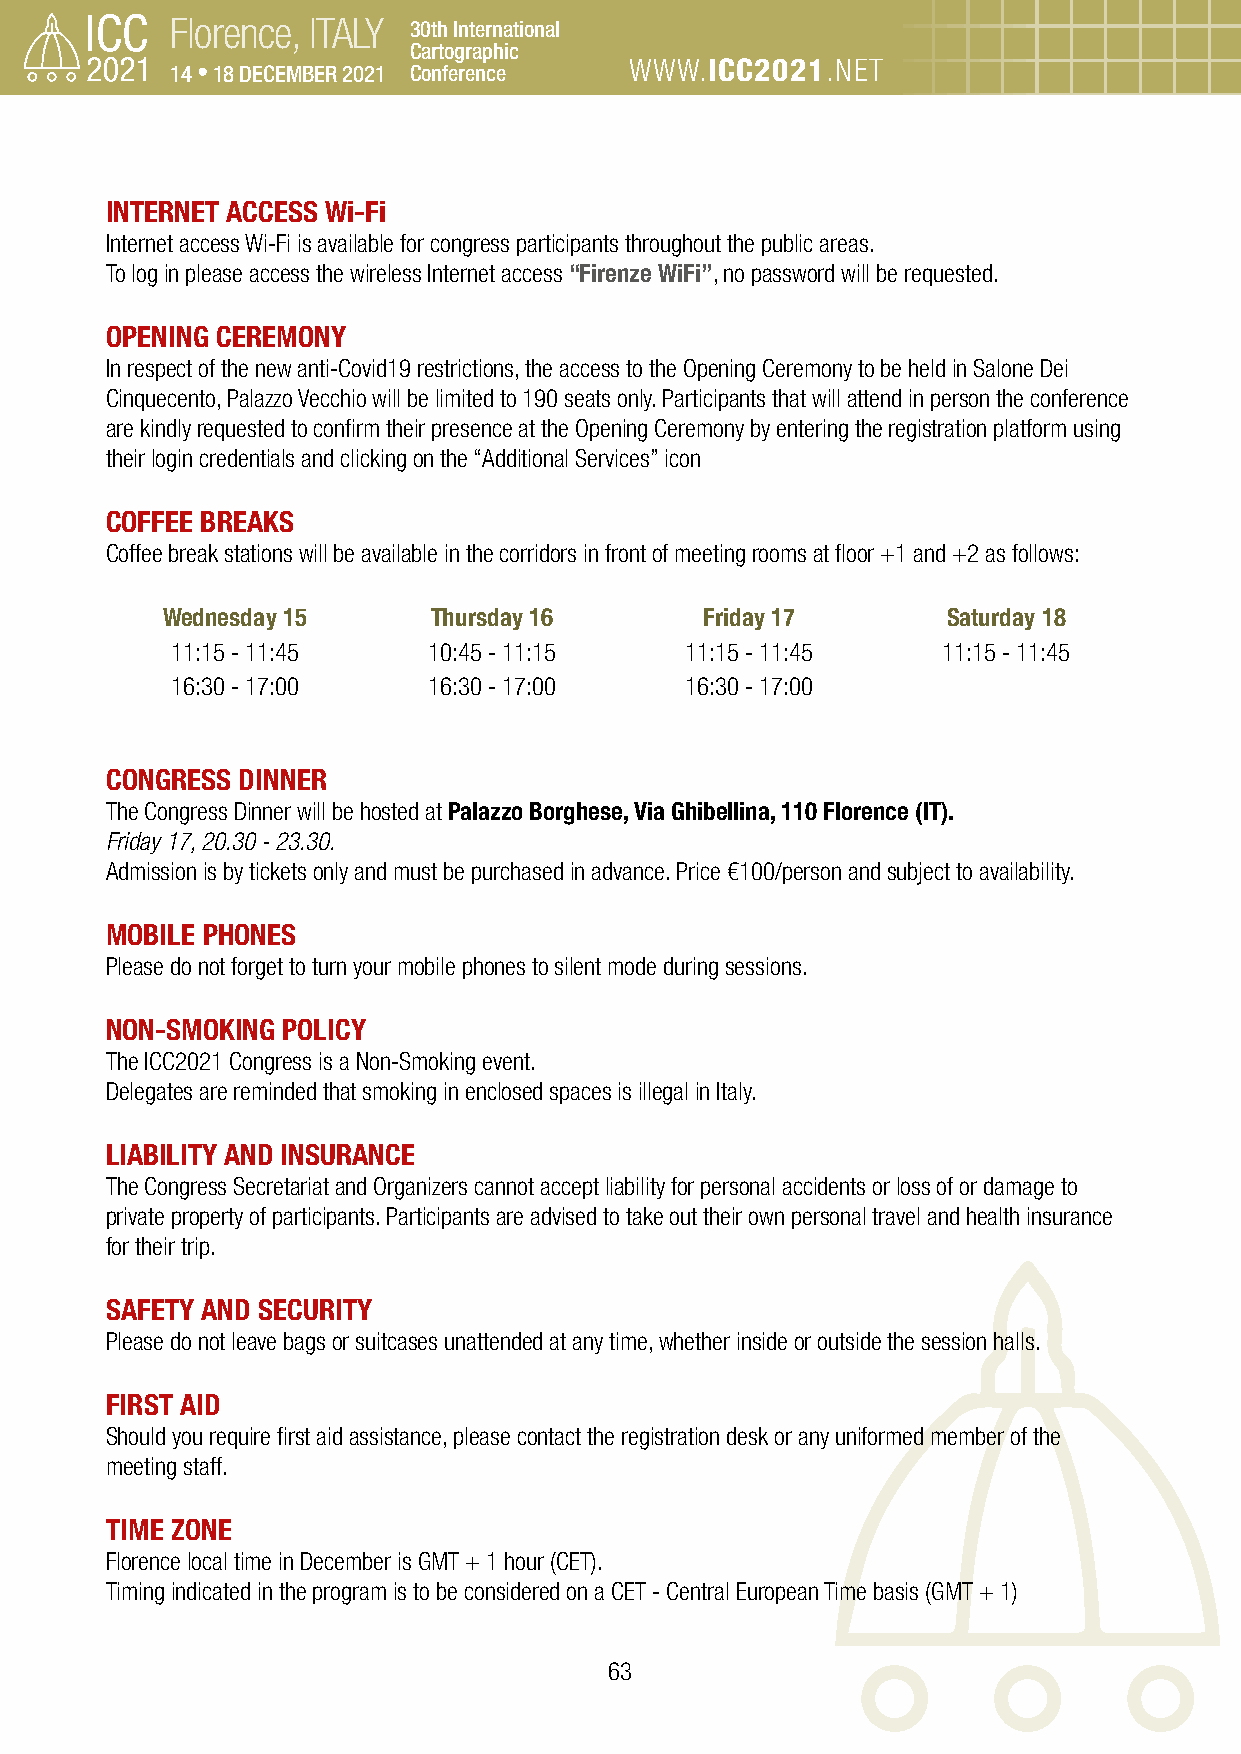
Florence, ITALY 30th International
 Cartographic
 14 • 18 DECEMBER 2021 Conference WWW.ICC2021.NET
 INTERNET ACCESS Wi-Fi
 Internet access Wi-Fi is available for congress participants throughout the public areas.
 To log in please access the wireless Internet access “Firenze WiFi”, no password will be requested.
 OPENING CEREMONY
 In respect of the new anti-Covid19 restrictions, the access to the Opening Ceremony to be held in Salone Dei
 Cinquecento, Palazzo Vecchio will be limited to 190 seats only. Participants that will attend in person the conference
 are kindly requested to confirm their presence at the Opening Ceremony by entering the registration platform using
 their login credentials and clicking on the “Additional Services” icon
 COFFEE BREAKS
 Coffee break stations will be available in the corridors in front of meeting rooms at floor +1 and +2 as follows:
 Wednesday 15      Thursday 16       Friday 17       Saturday 18
 11:15 - 11:45    10:45 - 11:15    11:15 - 11:45    11:15 - 11:45
 16:30 - 17:00    16:30 - 17:00    16:30 - 17:00
 CONGRESS DINNER
 The Congress Dinner will be hosted at Palazzo Borghese, Via Ghibellina, 110 Florence (IT).
 Friday 17, 20.30 - 23.30.
 Admission is by tickets only and must be purchased in advance. Price €100/person and subject to availability.
 MOBILE PHONES
 Please do not forget to turn your mobile phones to silent mode during sessions.
 NON-SMOKING POLICY
 The ICC2021 Congress is a Non-Smoking event.
 Delegates are reminded that smoking in enclosed spaces is illegal in Italy.
 LIABILITY AND INSURANCE
 The Congress Secretariat and Organizers cannot accept liability for personal accidents or loss of or damage to
 private property of participants. Participants are advised to take out their own personal travel and health insurance
 for their trip.
 SAFETY AND SECURITY
 Please do not leave bags or suitcases unattended at any time, whether inside or outside the session halls.
 FIRST AID
 Should you require first aid assistance, please contact the registration desk or any uniformed member of the
 meeting staff.
 TIME ZONE
 Florence local time in December is GMT + 1 hour (CET).
 Timing indicated in the program is to be considered on a CET - Central European Time basis (GMT + 1)
 63